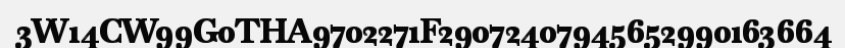
3W14CW99G0THA9702271F29072407945652990163664